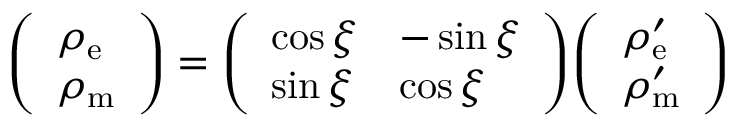
{ \left( \begin{array} { l } { \rho _ { \mathrm { e } } } \\ { \rho _ { \mathrm { m } } } \end{array} \right) } = { \left( \begin{array} { l l } { \cos \xi } & { - \sin \xi } \\ { \sin \xi } & { \cos \xi } \end{array} \right) } { \left( \begin{array} { l } { \rho _ { \mathrm { e } } ^ { \prime } } \\ { \rho _ { \mathrm { m } } ^ { \prime } } \end{array} \right) }